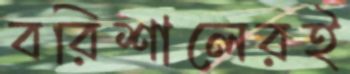
বরিশালেরই